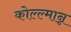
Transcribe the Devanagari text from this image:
कोल्ल्मान्न